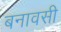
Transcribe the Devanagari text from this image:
बनावसी